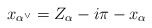
\begin{align*}x_{\alpha^\vee} = Z_\alpha - i\pi - x_\alpha\end{align*}